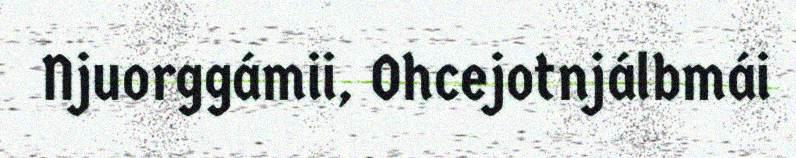
Njuorggámii, Ohcejotnjálbmái